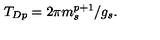
T _ { D p } = 2 \pi { m _ { s } ^ { p + 1 } } / { g _ { s } } .